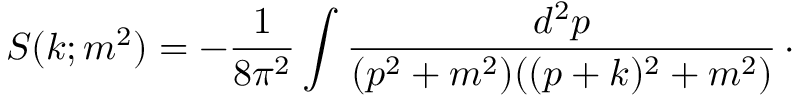
S ( k ; m ^ { 2 } ) = - { \frac { 1 } { 8 \pi ^ { 2 } } } \int { \frac { d ^ { 2 } p } { ( p ^ { 2 } + m ^ { 2 } ) ( ( p + k ) ^ { 2 } + m ^ { 2 } ) } } \, \cdotp